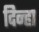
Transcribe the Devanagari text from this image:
दिन्हा